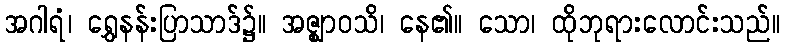
အဂါရံ၊ ရွှေနန်းပြာသာဒ်၌။ အဇ္ဈာဝသိ၊ နေ၏။ သော၊ ထိုဘုရားလောင်းသည်။